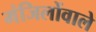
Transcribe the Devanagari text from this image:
मंजिलोंवाले